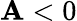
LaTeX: \mathbf{A}<0